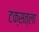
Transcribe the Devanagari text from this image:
टक्सत्ला